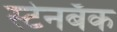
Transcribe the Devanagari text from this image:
स्टेनबॅक